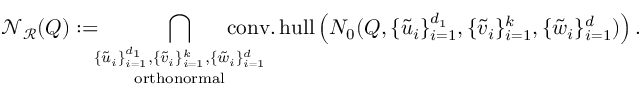
{ \mathcal N } _ { \mathcal R } ( Q ) : = \! \! \! \mathop { \bigcap _ { \{ \tilde { u } _ { i } \} _ { i = 1 } ^ { d _ { 1 } } , \{ \tilde { v } _ { i } \} _ { i = 1 } ^ { k } , \{ \tilde { w } _ { i } \} _ { i = 1 } ^ { d } } } _ { \mathrm { o r t h o n o r m a l } } \! \! \! \! \! \! \! \! \! \! \! \! \operatorname { c o n v . h u l l } \left( N _ { 0 } ( Q , \{ \tilde { u } _ { i } \} _ { i = 1 } ^ { d _ { 1 } } , \{ \tilde { v } _ { i } \} _ { i = 1 } ^ { k } , \{ \tilde { w } _ { i } \} _ { i = 1 } ^ { d } ) \right) .